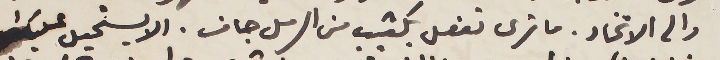
والى الاتحاد. ما ترى تفعل بكثيب من الرمل جاف. الا يستحيل عليك